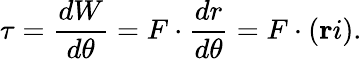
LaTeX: \tau={\frac{dW}{d\theta}}=F\cdot{\frac{dr}{d\theta}}=F\cdot(\mathbf{r}i).